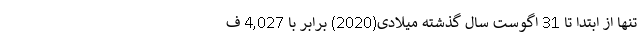
تنها از ابتدا تا 31 اگوست سال گذشته میلادی(2020) برابر با 4,027 ف